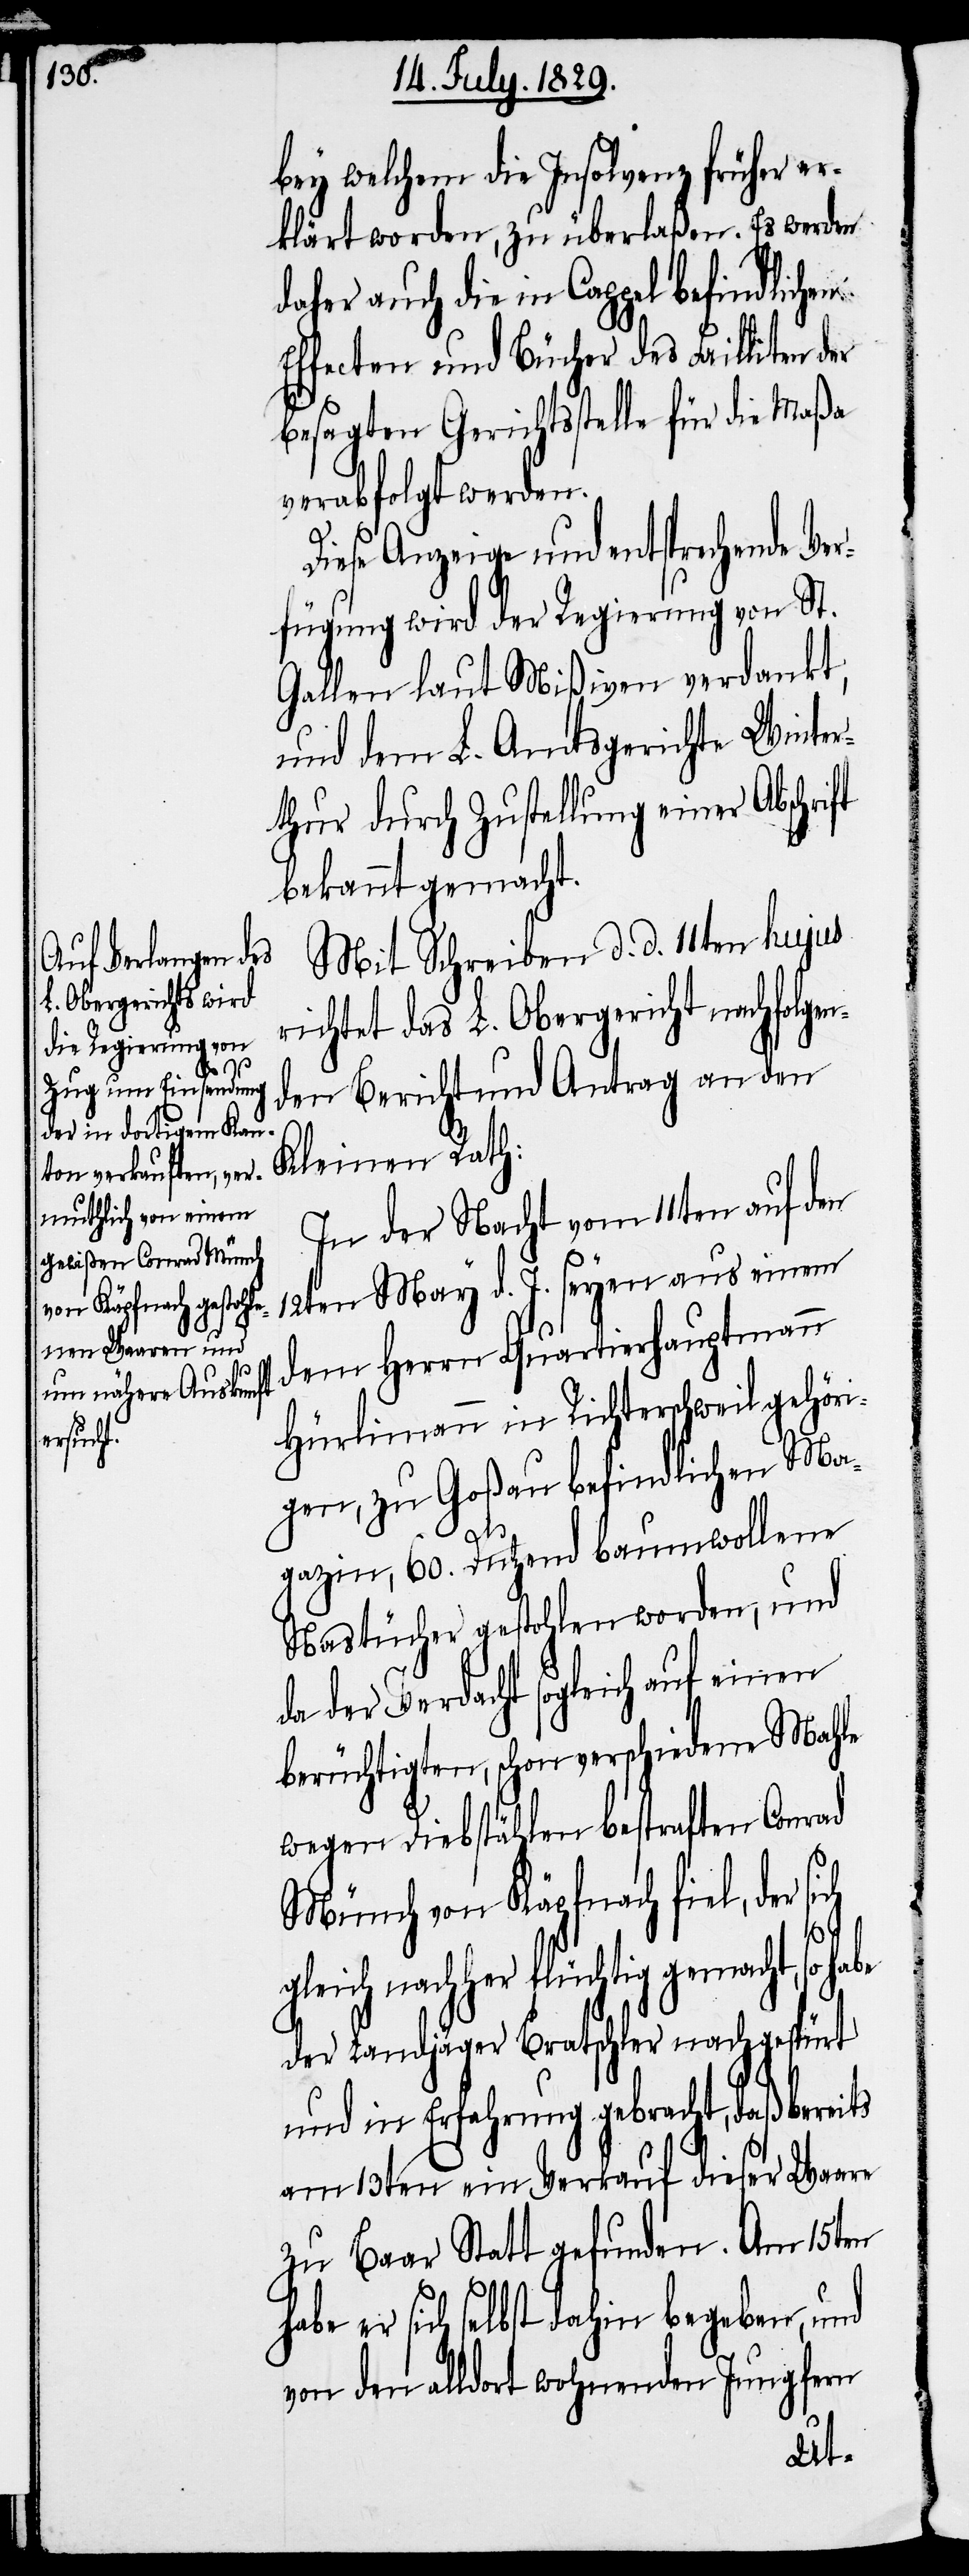
bey welchem die Insolvenz früher er¬
klärt worden, zu überlaßen. Es werden
daher auch die in Cappel befindlichen
Effecten und Bücher des Failliten der
besagten Gerichtsstelle für die Maßa
verabfolgt werden.
Diese Anzeige und entsprechende Ve¬
rfügung wird der Regierung von St.
Gallen laut Mißiven verdankt,
und dem L. Amtsgerichte Winter¬
thur durch Zustellung einer Abschri¬
bekannt gemacht.
Mit Schreiben d. d. 11ten hujus
richtet das L. Obergericht nachfolgen¬
den Bericht und Antrag an den
Kleinen Rath:
In der Nacht vom 11ten auf den
12ten May d. J. seyen aus einem
dem Herrn Quartierhauptmann
Hürlimann in Richterschweil gehöri¬
gen, zu Goßau befindlichen Ma¬
gazin, 60. Dutzend baumwollene
Nastücher gestohlen worden, und
der Verdacht sogleich auf einen
berüchtigten, schon verschiedene Mahle
wegen Diebstählen bestraften Conrad
ts
Münch von Käpfnach fiel, der
habe
gleich nachher flüchtig gemacht,
der Landjäger Bratschler nachgespürt
und in Erfahrung gebracht, daß berei¬
am 13ten ein Verkauf dieser Waare
zu Baar Statt gefunden. Am 15ten
habe er sich selbst dahin begeben, und
von den alldort wohnenden Jungfern